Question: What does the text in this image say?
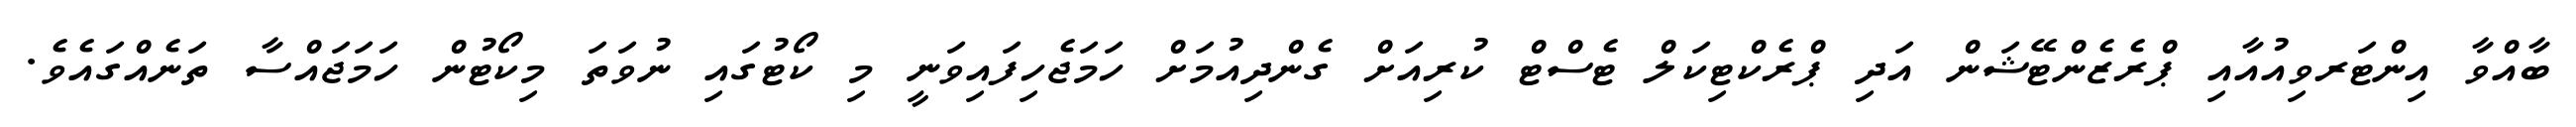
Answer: ބާއްވާ އިންޓަރވިއުއާއި ޕްރެޒެންޓޭޝަން އަދި ޕްރެކްޓިކަލް ޓެސްޓް ކުރިއަށް ގެންދިއުމަށް ހަމަޖެހިފައިވަނީ މި ކޯޓުގައި ނުވަތަ މިކޯޓުން ހަމަޖައްސާ ތަނެއްގައެވެ.